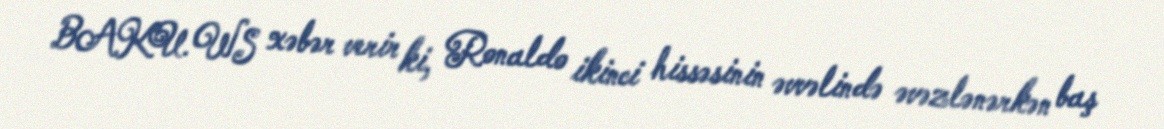
BAKU.WS xəbər verir ki, Ronaldo ikinci hissəsinin əvvəlində əvəzlənərkən baş